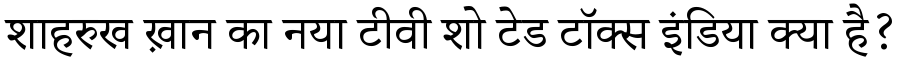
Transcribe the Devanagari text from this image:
शाहरुख ख़ान का नया टीवी शो टेड टॉक्स इंडिया क्या है?